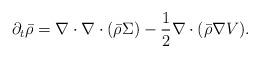
LaTeX: \begin{align*}\partial_t \bar \rho = \nabla \cdot \nabla \cdot(\bar \rho \Sigma) - \frac 12\nabla \cdot(\bar \rho \nabla V). \end{align*}